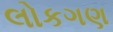
લોકગણ